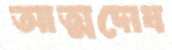
আত্মদোষ